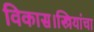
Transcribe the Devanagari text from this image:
विकास।स्त्रियांचा